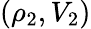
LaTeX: (\rho_{2},V_{2})